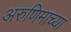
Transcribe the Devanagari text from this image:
अरुणिमाच्या